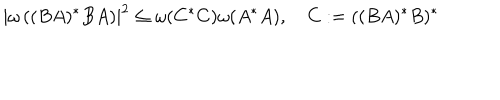
\left| \omega \left( ( B A ) ^ { * } B A \right) \right| ^ { 2 } \leq \omega ( C ^ { * } C ) \omega ( A ^ { * } A ) , \quad C : = ( ( B A ) ^ { * } B ) ^ { * }